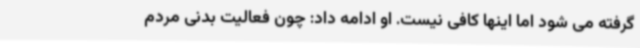
گرفته می شود اما اینها کافی نیست. او ادامه داد: چون فعالیت بدنی مردم